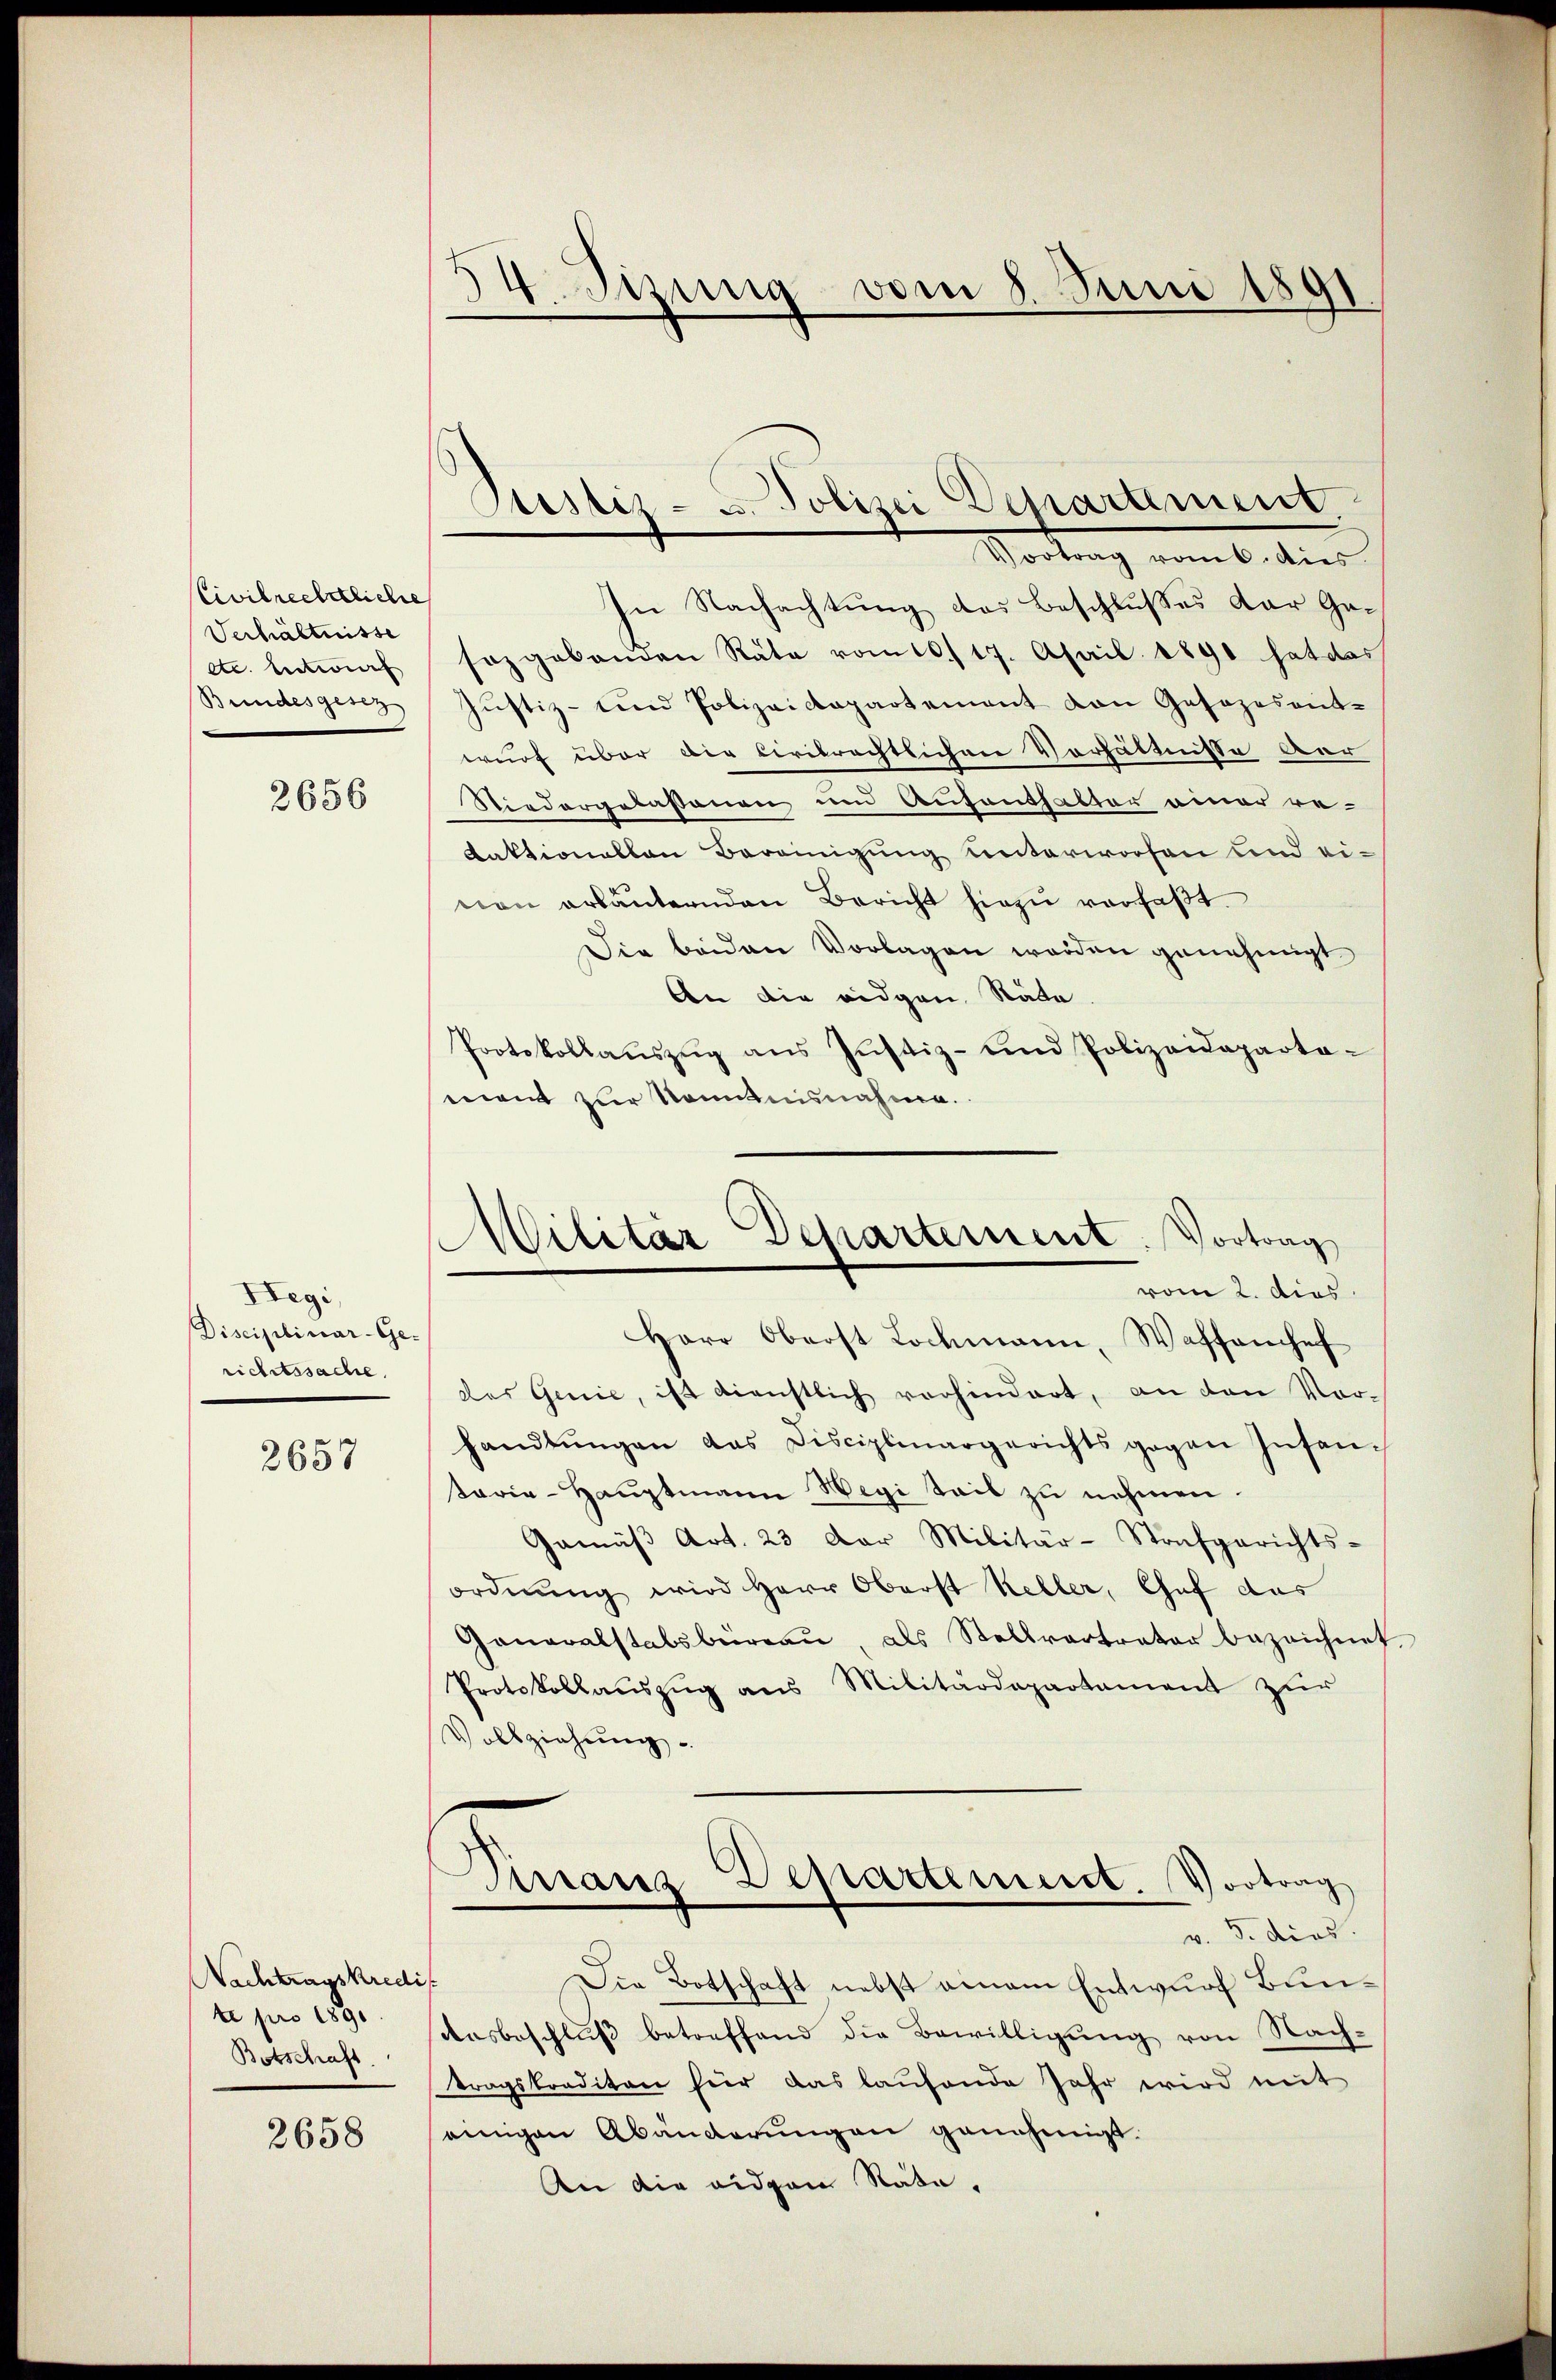
Civilrechtliche
Verhältnisse
etc. Entwurf
Bundesgesez

2656

Hegi,
Disciplinar-Gerichtssache.

2657

Nachtragskredi
te pro 1890.
Botschaft

2658

34. Sizung vom 8. Juni 1891.

In Nachachtung das Beschlußes der Gasozgebenden Rata vom 10./17. April 1890 hat das
Jŭstiz- und Polizeidepartement von Gesezesent-
wurf über die Civilrechtlichen Verhältnisse ver
Niedergelaßenen und Aufenthalter einer re¬
Kaktionallen Bereinigung unterworfen und ei-
nen erläuternden Bericht hiezŭ verfaßt.
Die beiden Vorlagen werden genehmigt
An die eidgen. Stäte
Protokollaŭszŭg ans Justiz- und Polizeideparta-
eeint zur Kenntnisnahme.
Herr Oberst Lochmann, Waffenhef
des Genie, ist dienstlich vorhindert, an den Vorhandlŭngen das Disciplinargerichts gegen Insanterie-Haŭptmann Wegi teil zu nehmen.
Gemäβ Art. 23 der Militär-Stafgerichts-
ordnung wird Herr Oberst Keller, Chef das
Generalstabsbureau, als Stellvertrator bezeichnet
Protokollaŭszŭg ans Militärdepartament zŭr
Vollziehung.
Maus Departement. Vortrag
e
v. 3. dies
t
Die Botschaft nebst einem Entwurf Bunaŭsbeschlŭβ betreffend die Bewilligung von Nach-
tragskreditor für das laufende Jahr wird mit
einigen Abänderŭngen genehmigt.
An die eidgen Rata,

Justiz- u. Polizei Departement.
Vortrag vom 6. die

Militär Departement: Vortrag
vom 2. dies